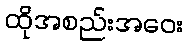
ထိုအစည်းအဝေး